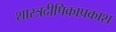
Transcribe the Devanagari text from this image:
शास्त्रदीपिकाप्रकाश